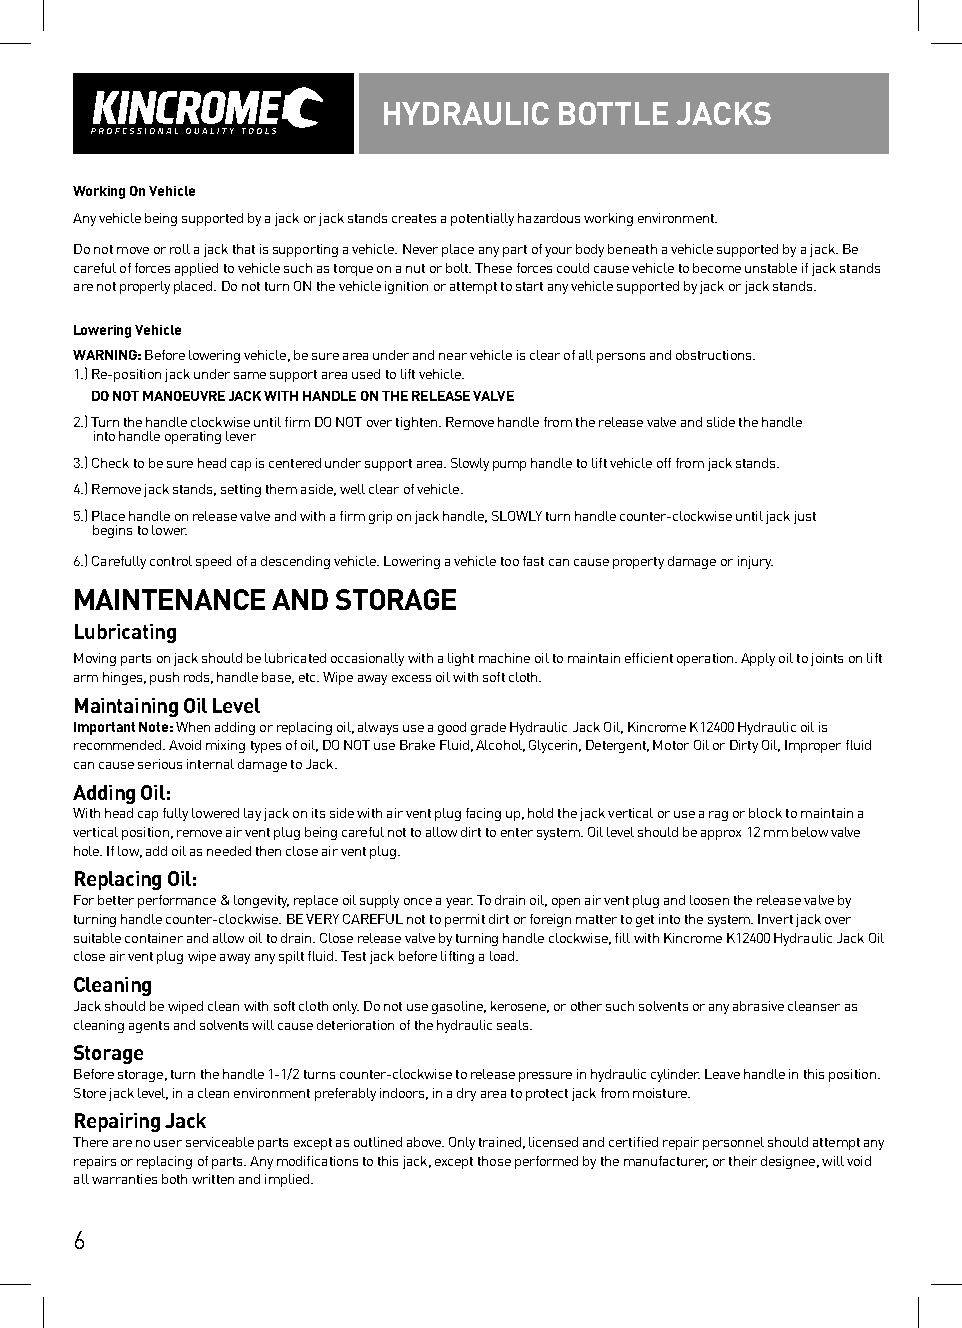
HYDRAULIC   BOTTLE  JACKS
 Working On Vehicle
 Any vehicle being supported by a jack or jack stands creates a potentially hazardous working environment.
 Do not move or roll a jack that is supporting a vehicle. Never place any part of your body beneath a vehicle supported by a jack. Be
 careful of forces applied to vehicle such as torque on a nut or bolt. These forces could cause vehicle to become unstable if jack stands
 are not properly placed. Do not turn ON the vehicle ignition or attempt to start any vehicle supported by jack or jack stands.
 Lowering Vehicle
 WARNING: Before lowering vehicle, be sure area under and near vehicle is clear of all persons and obstructions.
 1.) R e-position jack under same support area used to lift vehicle.
 DO NOT MANOEUVRE JACK WITH HANDLE ON THE RELEASE VALVE
 2.) Turn the handle clockwise until firm DO NOT over tighten. Remove handle from the release valve and slide the handle
 into handle operating lever
 3.) Check to be sure head cap is centered under support area. Slowly pump handle to lift vehicle off from jack stands.
 4.) Remove jack stands, setting them aside, well clear of vehicle.
 5.) Place handle on release valve and with a firm grip on jack handle, SLOWLY turn handle counter-clockwise until jack just
 begins to lower.
 6.) Carefully control speed of a descending vehicle. Lowering a vehicle too fast can cause property damage or injury.
 MAINTENANCE  AND STORAGE
 Lubricating
 Moving parts on jack should be lubricated occasionally with a light machine oil to maintain efficient operation. Apply oil to joints on lift
 arm hinges, push rods, handle base, etc. Wipe away excess oil with soft cloth.
 Maintaining Oil Level
 Important Note: When adding or replacing oil, always use a good grade Hydraulic Jack Oil, Kincrome K12400 Hydraulic oil is
 recommended. Avoid mixing types of oil, DO NOT use Brake Fluid, Alcohol, Glycerin, Detergent, Motor Oil or Dirty Oil, Improper fluid
 can cause serious internal damage to Jack.
 Adding Oil:
 With head cap fully lowered lay jack on its side with air vent plug facing up, hold the jack vertical or use a rag or block to maintain a
 vertical position, remove air vent plug being careful not to allow dirt to enter system. Oil level should be approx 12 mm below valve
 hole. If low, add oil as needed then close air vent plug.
 Replacing Oil:
 For better performance & longevity, replace oil supply once a year. To drain oil, open air vent plug and loosen the release valve by
 turning handle counter-clockwise. BE VERY CAREFUL not to permit dirt or foreign matter to get into the system. Invert jack over
 suitable container and allow oil to drain. Close release valve by turning handle clockwise, fill with Kincrome K12400 Hydraulic Jack Oil
 close air vent plug wipe away any spilt fluid. Test jack before lifting a load.
 Cleaning
 Jack should be wiped clean with soft cloth only. Do not use gasoline, kerosene, or other such solvents or any abrasive cleanser as
 cleaning agents and solvents will cause deterioration of the hydraulic seals.
 Storage
 Before storage, turn the handle 1-1/2 turns counter-clockwise to release pressure in hydraulic cylinder. Leave handle in this position.
 Store jack level, in a clean environment preferably indoors, in a dry area to protect jack from moisture.
 Repairing Jack
 There are no user serviceable parts except as outlined above. Only trained, licensed and certified repair personnel should attempt any
 repairs or replacing of parts. Any modifications to this jack, except those performed by the manufacturer, or their designee, will void
 all warranties both written and implied.
 6